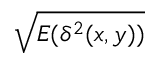
\sqrt { E ( \delta ^ { 2 } ( x , y ) ) }